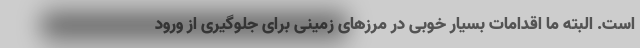
است. البته ما اقدامات بسیار خوبی در مرزهای زمینی برای جلوگیری از ورود